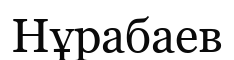
Нұрабаев